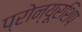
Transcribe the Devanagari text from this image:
प्रोन्‍यूरशिप